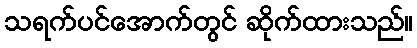
သရက်ပင်အောက်တွင် ဆိုက်ထားသည်။